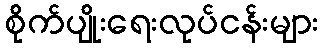
စိုက်ပျိုးရေးလုပ်ငန်းများ